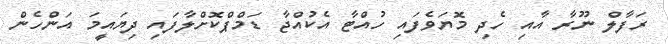
ރަފާލް ނޫރާ އާއި ހެދި މޮޔަވެފައި ހުއްޓާ އެކުއްޖާ ޑަމްޕްކޮށްލާފައި ދިޔައީމަ އަންހެން